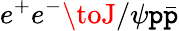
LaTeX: e^{+}e^{-}\toJ/\psi\mathtt{p}\bar{{\mathtt{p}}}